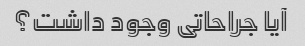
آیا جراحاتی وجود داشت؟